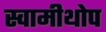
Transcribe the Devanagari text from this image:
स्वामीथोप